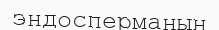
эндосперманың